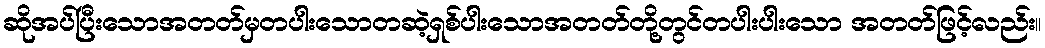
ဆိုအပ်ပြီးသောအတတ်မှတပါးသောတဆဲ့ရှစ်ပါးသောအတတ်တို့တွင်တပါးပါးသော အတတ်ဖြင့်လည်း။